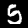
Digit: 5